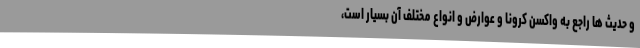
و حدیث ها راجع به واکسن کرونا و عوارض و انواع مختلف آن بسیار است،